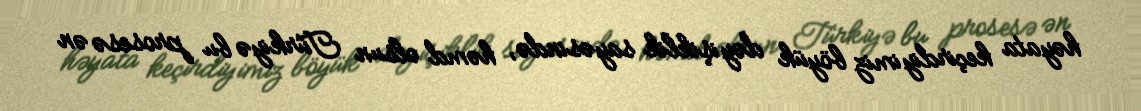
həyata keçirdiyimiz böyük dəyişiklik sayəsində, həmd olsun Türkiyə bu prosesə ən